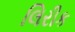
લિરીક